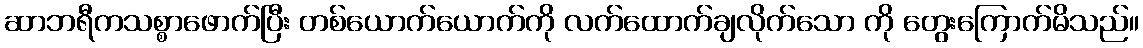
ဆာဘရီကသစ္စာဖောက်ပြီး တစ်ယောက်ယောက်ကို လက်ထောက်ချလိုက်သော ကို တွေးကြောက်မိသည်။